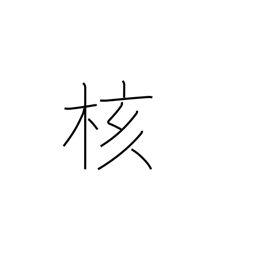
Meaning: core